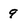
Character: 9